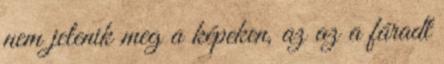
nem jelenik meg a képeken, az az a fáradt